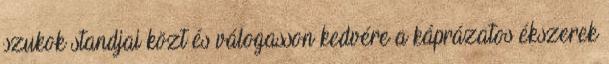
szukok standjai közt és válogasson kedvére a káprázatos ékszerek